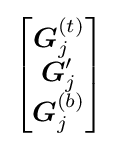
{\begin{bmatrix}{\boldsymbol {G}}_{j}^{(t)}\\{\boldsymbol {G}}_{j}'\\{\boldsymbol {G}}_{j}^{(b)}\\\end{bmatrix}}